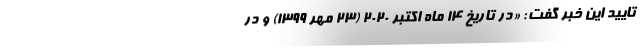
تایید این خبر گفت: «در تاریخ ۱۴ ماه اکتبر ۲۰۲۰ (۲۳ مهر ۱۳۹۹) و در